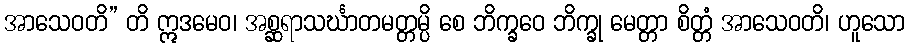
အာသေဝတိ” တိ ဣဒမေဝ၊ အစ္ဆရာသင်္ဃာတမတ္တမ္ပိ စေ ဘိက္ခဝေ ဘိက္ခု မေတ္တာ စိတ္တံ အာသေဝတိ၊ ဟူသော